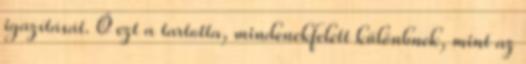
igazítását. Ő ezt a tartotta, mindenekfelett különbnek, mint az